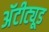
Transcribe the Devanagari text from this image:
अॅटीट्यूड